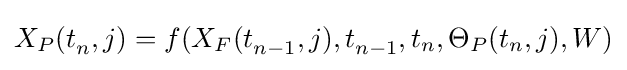
X_{P}(t_{n}^{},j)=f(X_{F}(t_{n-1}^{},j),t_{n-1}^{},t_{n},\Theta _{P}(t_{n},j),W)